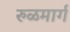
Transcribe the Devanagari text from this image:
रुळमार्ग